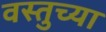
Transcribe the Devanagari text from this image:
वस्तुच्या